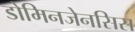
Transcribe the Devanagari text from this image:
डोमिनजेनसिस